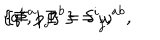
LaTeX: \{ q ^ { i } , p _ { j } \} = \delta _ { \; j } ^ { i } , \hspace { 1 . 6 i n } \{ \Phi ^ { a } , \Phi ^ { b } \} = \omega ^ { a b } ,